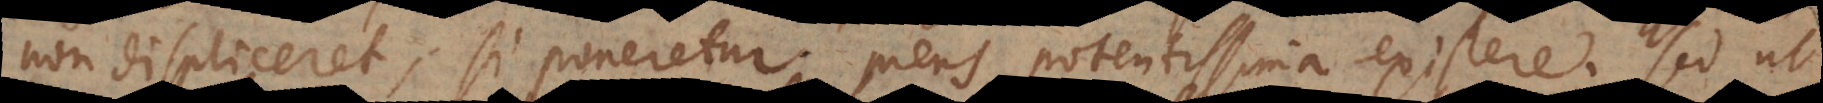
non displiceret, si poneretur mens potentissima existere. Sed ut